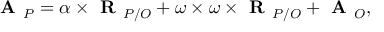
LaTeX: { \textbf { A } } _ { P } = \alpha \times { \textbf { R } } _ { P / O } + \omega \times \omega \times { \textbf { R } } _ { P / O } + { \textbf { A } } _ { O } ,